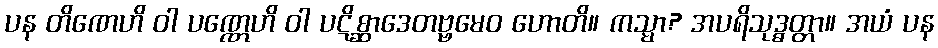
ပန တိဏေဟိ ဝါ ပဏ္ဏေဟိ ဝါ ပဋိစ္ဆာဒေတဗ္ဗမေဝ ဟောတိ။ ကသ္မာ? အပရိသုဒ္ဓတ္တာ။ အယံ ပန